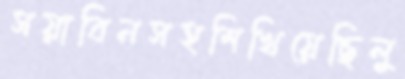
সয়াবিনসহশিখিয়েছিলু